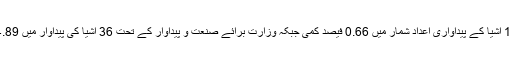
شعبے کے لحاظ سے دیکھا جائے تو آئل کمپنیز ایڈوائزری کمیٹی کے تحت 11 اشیا کے پیداواری اعداد شمار میں 0.66 فیصد کمی جبکہ وزارت برائے صنعت و پیداوار کے تحت 36 اشیا کی پیداوار میں 4.89 فیصد کمی اور صوبائی ادارہ شماریات کی 65 اشیا میں 1.5 فیصد کمی آئی۔